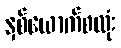
နှစ်ယောက်စလုံး